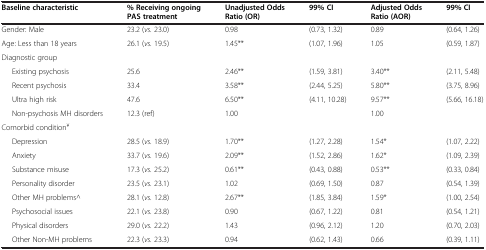
| Baseline characteristic | % Receiving ongoing PAS treatment | Unadjusted Odds Ratio (OR) | 99% CI | Adjusted Odds Ratio (AOR) | 99% CI |
 | --- | --- | --- | --- | --- | --- |
 | Gender: Male | 23.2 (vs. 23.0) | 0.98 | (0.73, 1.32) | 0.89 | (0.64, 1.26) |
 | Age: Less than 18 years | 26.1 (vs. 19.5) | 1.45** | (1.07, 1.96) | 1.05 | (0.59, 1.87) |
 | Diagnostic group |  |  |  |  |  |
 | Existing psychosis | 25.6 | 2.46** | (1.59, 3.81) | 3.40** | (2.11, 5.48) |
 | Recent psychosis | 33.4 | 3.58** | (2.44, 5.25) | 5.80** | (3.75, 8.96) |
 | Ultra high risk | 47.6 | 6.50** | (4.11, 10.28) | 9.57** | (5.66, 16.18) |
 | Non-psychosis MH disorders | 12.3 (ref) | 1.00 |  | 1.00 |  |
 | Comorbid condition¥ |  |  |  |  |  |
 | Depression | 28.5 (vs. 18.9) | 1.70** | (1.27, 2.28) | 1.54* | (1.07, 2.22) |
 | Anxiety | 33.7 (vs. 19.6) | 2.09** | (1.52, 2.86) | 1.62* | (1.09, 2.39) |
 | Substance misuse | 17.3 (vs. 25.2) | 0.61** | (0.43, 0.88) | 0.53** | (0.33, 0.84) |
 | Personality disorder | 23.5 (vs. 23.1) | 1.02 | (0.69, 1.50) | 0.87 | (0.54, 1.39) |
 | Other MH problems^ | 28.1 (vs. 12.8) | 2.67** | (1.85, 3.84) | 1.59* | (1.00, 2.54) |
 | Psychosocial issues | 22.1 (vs. 23.8) | 0.90 | (0.67, 1.22) | 0.81 | (0.54, 1.21) |
 | Physical disorders | 29.0 (vs. 22.2) | 1.43 | (0.96, 2.12) | 1.20 | (0.70, 2.03) |
 | Other Non-MH problems | 22.3 (vs. 23.3) | 0.94 | (0.62, 1.43) | 0.66 | (0.39, 1.11) |